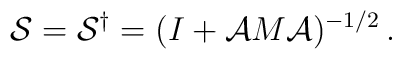
{\cal S} =  {\cal S}^\dagger = (I +  {\cal A}M {\cal A} )^{-1/2} \, .